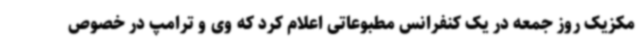
مکزیک روز جمعه در یک کنفرانس مطبوعاتی اعلام کرد که وی و ترامپ در خصوص